Annual administration report of the Civil Veterinary Department, Ajmere-Merwara, British Rajputana - 1914-1940
Year: 1914
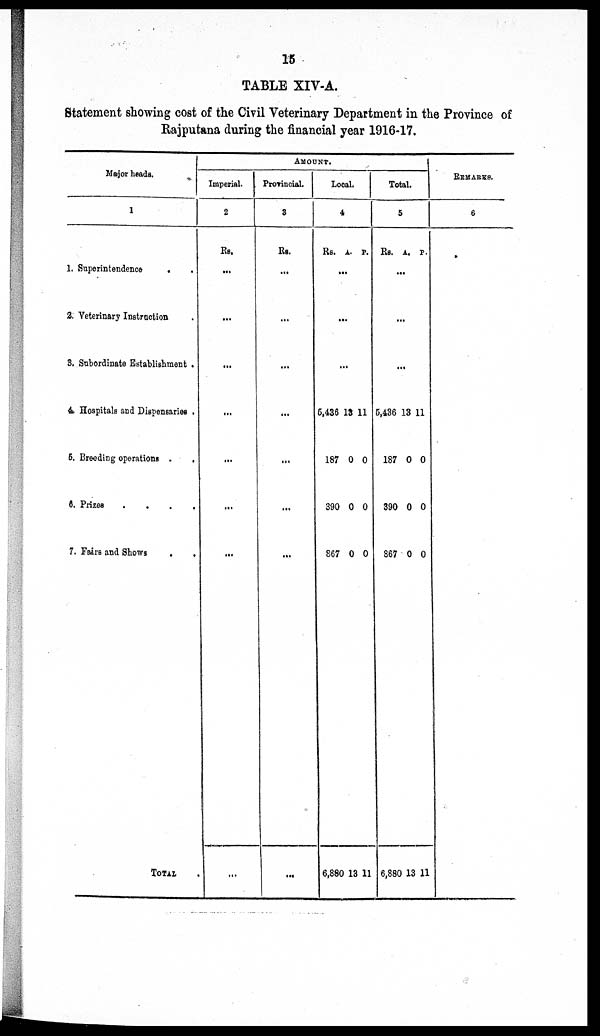
15
TABLE XIV-A.
Statement showing cost of the Civil Veterinary Department in the Province of
Rajputana during the financial year 1916-17.
Major heads.
1
1. Superintendence
. .
2. Veterinary Instruction .
3. Subordinate Establishment .
4. Hospitals and Dispensaries .
5. Breeding operations .
.
8. Prizes .
.
.
.
7. Fairs and Shows
.
.
TOTAL
AMOUNT.
Imperial.
2
Rs.
...
...
...
...
...
...
...
...
Provincial.
3
Rs.
...
...
...
...
...
...
...
...
Local.
4
Rs. A. P.
...
...
...
5,436
187
390
867
6,880
13
0
0
0
13
11
0
0
0
11
Total.
5
Rs. A. P.
...
...
...
5,436
187
390
867
6,880
13
0
0
0
13
11
0
0
0
11
REMARKS.
6